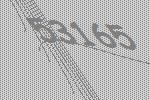
53165